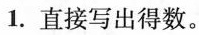
1.直接写出得数。